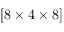
[ 8 \times 4 \times 8 ]